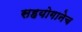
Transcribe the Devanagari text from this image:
सहयोगानेच